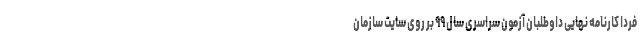
فردا کارنامه نهایی داوطلبان آزمون سراسری سال ۹۹ بر روی سایت سازمان